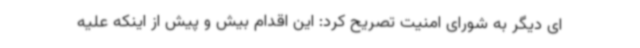
ای دیگر به شورای امنیت تصریح کرد: این اقدام بیش و پیش از اینکه علیه